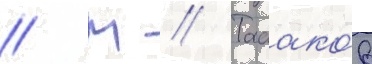
// М // Табако́в